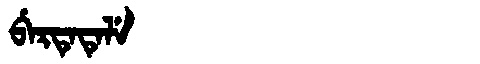
Manchu: ᠪᡝᡵᡨᡝᡨᡝᠯᡝ
Romanization: BERTETELE